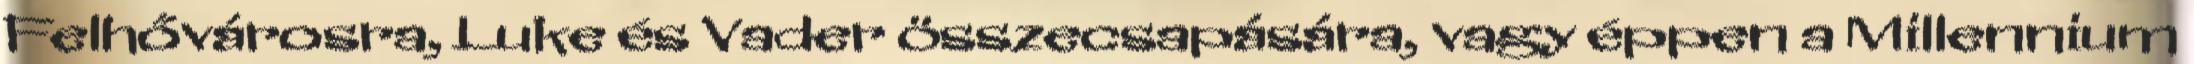
Felhővárosra, Luke és Vader összecsapására, vagy éppen a Millennium